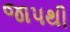
જાપથી